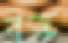
বস্ক